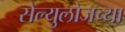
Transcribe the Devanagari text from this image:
सेल्युलोजच्या